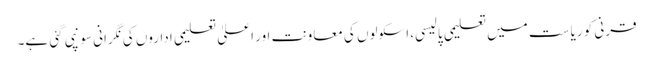
قرنی کو ریاست میں تعلیمی پالیسی، اسکولوں کی معاونت اور اعلیٰ تعلیمی اداروں کی نگرانی سونپی گئی ہے۔